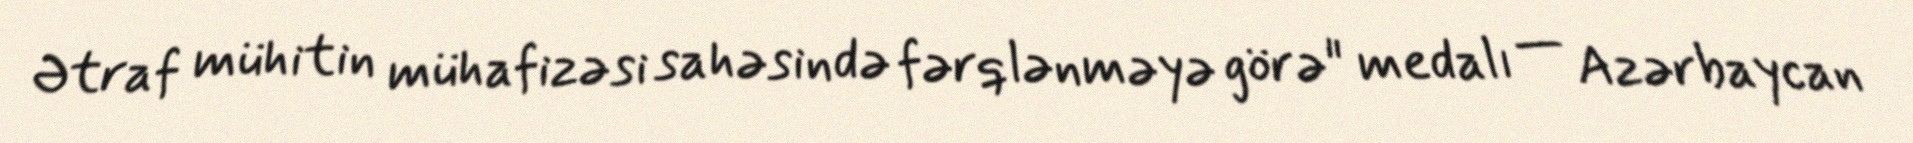
Ətraf mühitin mühafizəsi sahəsində fərqlənməyə görə" medalı — Azərbaycan